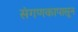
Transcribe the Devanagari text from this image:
संगणकापासून